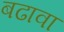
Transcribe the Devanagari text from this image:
बढावा